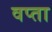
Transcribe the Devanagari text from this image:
वप्ता